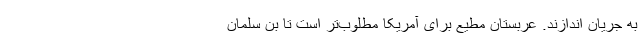
به جریان اندازند. عربستانِ مطیع برای آمریکا مطلوب‌تر است تا بن سلمانِ